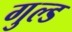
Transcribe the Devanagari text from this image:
गुल्ड